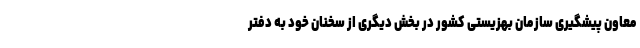
معاون پیشگیری سازمان بهزیستی کشور در بخش دیگری از سخنان خود به دفتر